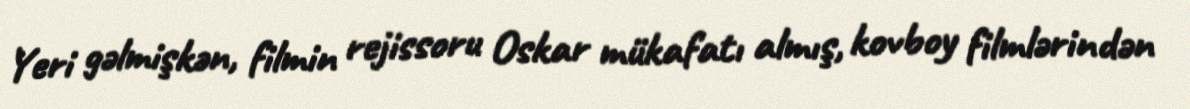
Yeri gəlmişkən, filmin rejissoru Oskar mükafatı almış, kovboy filmlərindən